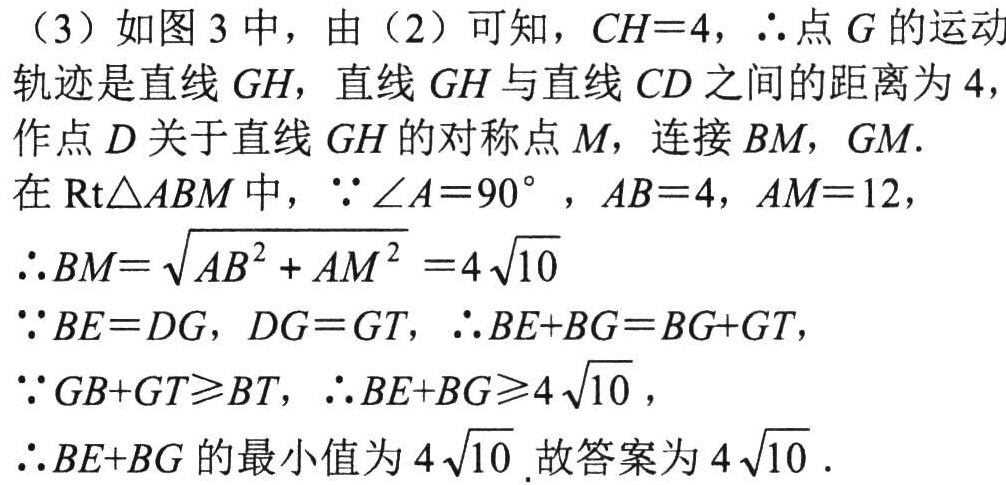
（3）如图 3 中，由（2）可知，\(CH = 4\)，\(\therefore\)点\(G\)的运动轨迹是直线\(GH\)，直线\(GH\)与直线\(CD\)之间的距离为\(4\)，作点\(D\)关于直线\(GH\)的对称点\(M\)，连接\(BM\)，\(GM\).

在\(\text{Rt}\triangle ABM\)中，\(\because\angle A = 90^{\circ}\)，\(AB = 4\)，\(AM = 12\)，

\(\therefore BM=\sqrt{AB^{2}+AM^{2}} = 4\sqrt{10}\)

\(\because BE = DG\)，\(DG = GT\)，\(\therefore BE + BG = BG + GT\)，

\(\because GB + GT\geqslant BT\)，\(\therefore BE + BG\geqslant4\sqrt{10}\)，

\(\therefore BE + BG\)的最小值为\(4\sqrt{10}\). 故答案为\(4\sqrt{10}\).